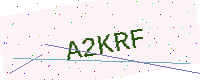
Text: A2KRF